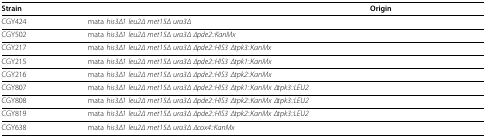
<table><thead><tr><td><b>Strain</b></td><td>[EMPTY_CELL]</td><td><b>Origin</b></td></tr></thead><tbody><tr><td>CGY424</td><td>mata <i>his3Δ1 leu2Δ met15Δ ura3Δ</i></td><td>[EMPTY_CELL]</td></tr><tr><td>CGY502</td><td>mata <i>his3Δ1 leu2Δ met15Δ ura3Δ Δpde2::KanMx</i></td><td>[EMPTY_CELL]</td></tr><tr><td>CGY217</td><td>mata <i>his3Δ1 leu2Δ met15Δ ura3Δ Δpde2::HIS3 Δtpk3::KanMx</i></td><td>[EMPTY_CELL]</td></tr><tr><td>CGY215</td><td>mata <i>his3Δ1 leu2Δ met15Δ ura3Δ Δpde2::HIS3 Δtpk1::KanMx</i></td><td>[EMPTY_CELL]</td></tr><tr><td>CGY216</td><td>mata <i>his3Δ1 leu2Δ met15Δ ura3Δ Δpde2::HIS3 Δtpk2::KanMx</i></td><td>[EMPTY_CELL]</td></tr><tr><td>CGY807</td><td>mata <i>his3Δ1 leu2Δ met15Δ ura3Δ Δpde2::HIS3 Δtpk1::KanMx Δtpk3::LEU2</i></td><td>[EMPTY_CELL]</td></tr><tr><td>CGY808</td><td>mata <i>his3Δ1 leu2Δ met15Δ ura3Δ Δpde2::HIS3 Δtpk2::KanMx Δtpk3::LEU2</i></td><td>[EMPTY_CELL]</td></tr><tr><td>CGY819</td><td>mata <i>his3Δ1 leu2Δ met15Δ ura3Δ Δpde2::HIS3 Δtpk2::KanMx Δtpk3::LEU2</i></td><td>[EMPTY_CELL]</td></tr><tr><td>CGY638</td><td>mata <i>his3Δ1 leu2Δ met15Δ ura3Δ Δcox4::KanMx</i></td><td>[EMPTY_CELL]</td></tr></tbody></table>